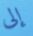
إلى